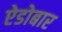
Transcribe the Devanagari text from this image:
ऐडोबार